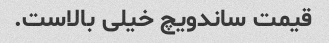
قیمت ساندویچ خیلی بالاست.